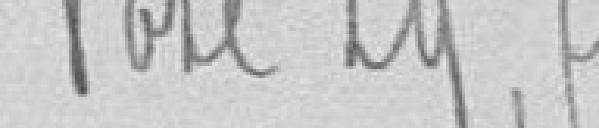
Vote 29,75